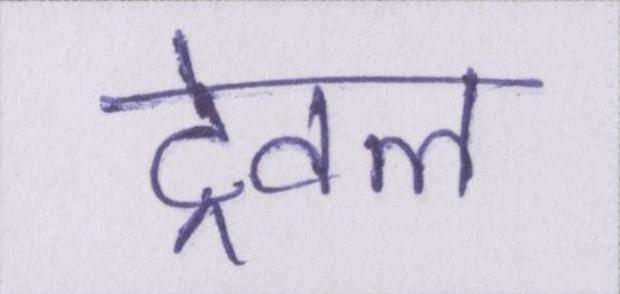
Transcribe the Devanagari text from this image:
ट्रेवल